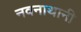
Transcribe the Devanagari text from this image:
नवनाथानी